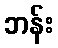
ဘန်း